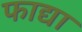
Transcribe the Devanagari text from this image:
फाद्या